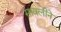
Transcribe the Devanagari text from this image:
सावलीने